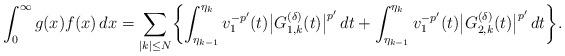
LaTeX: \begin{align*}\int_0^\infty g(x)f(x)\,dx=\sum_{|k|\le N}\biggl\{\int_{\eta_{k-1}}^{\eta_k}v_1^{-p'}(t)\bigl|G_{1,k}^{(\delta)}(t)\bigr|^{p'}\,dt+\int_{\eta_{k-1}}^{\eta_k}v_1^{-p'}(t)\bigl|G_{2,k}^{(\delta)}(t)\bigr|^{p'}\,dt\biggr\}. \end{align*}